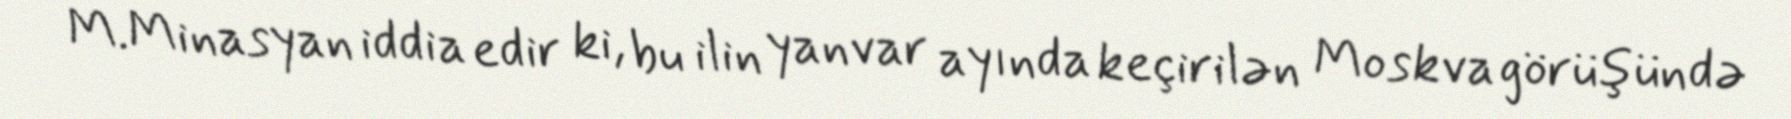
M.Minasyan iddia edir ki, bu ilin yanvar ayında keçirilən Moskva görüşündə